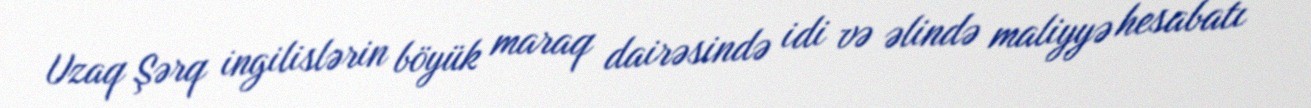
Uzaq Şərq ingilislərin böyük maraq dairəsində idi və əlində maliyyə hesabatı